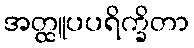
အတ္ထူပပရိက္ခိတာ